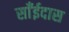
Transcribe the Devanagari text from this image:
साँईदास